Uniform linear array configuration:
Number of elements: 8
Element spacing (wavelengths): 0.5
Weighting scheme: hann
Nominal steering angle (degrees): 0
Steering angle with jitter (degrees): -1.944
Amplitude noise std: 0.05
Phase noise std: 0.05

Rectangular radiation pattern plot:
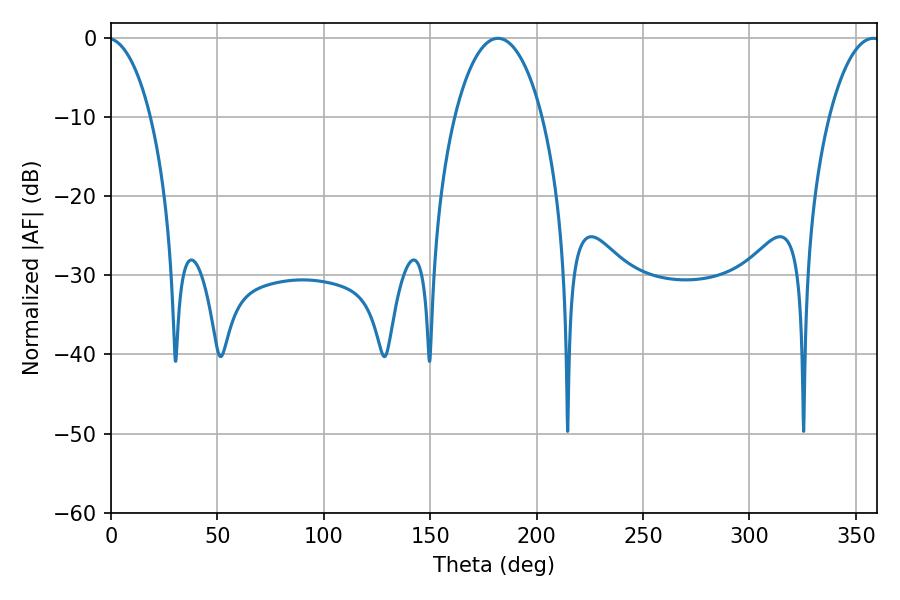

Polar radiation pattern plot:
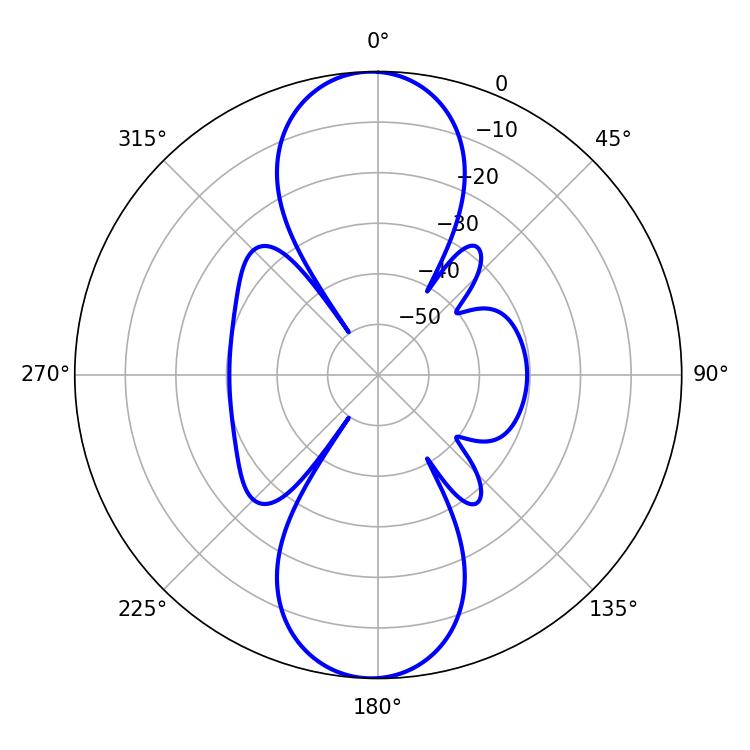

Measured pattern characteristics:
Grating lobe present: FALSE
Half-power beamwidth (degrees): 23.22
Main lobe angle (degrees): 181.8